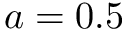
a = 0 . 5